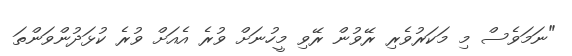
"ނަމަވެސް މި މަކަރުވެރި ރޭވުން ރޭވި މީހުނަށް ވުރެ އެއަށް ވުރެ ކުޅަދުންވަންތަ